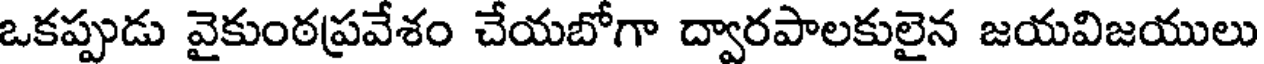
ఒకప్పుడు వైకుంఠప్రవేశం చేయబోగా ద్వారపాలకులైన జయవిజయులు